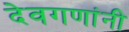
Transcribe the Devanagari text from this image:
देवगणांनी